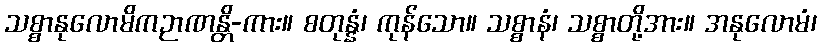
သစ္စာနုလောမိကဉာဏန္တိ-ကား။ စတုန္နံ၊ ကုန်သော။ သစ္စာနံ၊ သစ္စာတို့အား။ အနုလောမံ၊